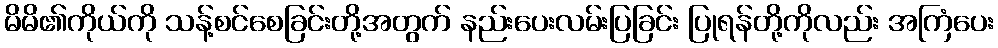
မိမိ၏ကိုယ်ကို သန့်စင်စေခြင်းတို့အတွက် နည်းပေးလမ်းပြခြင်း ပြုရန်တို့ကိုလည်း အကြံပေး